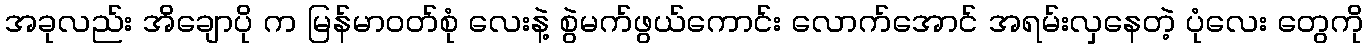
အခုလည်း အိချောပို က မြန်မာဝတ်စုံ လေးနဲ့ စွဲမက်ဖွယ်ကောင်း လောက်အောင် အရမ်းလှနေတဲ့ ပုံလေး တွေကို